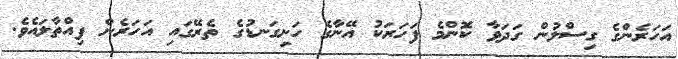
އަހަރެންގެ ގިސްލުން ގަދަވާ ކޮންމެ ފަހަރަކު އޭނާގެ ހަށިގަނޑުގެ ތެރޭގައި އަހަރެން ފިއްތާލައެވެ.